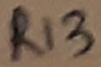
Text: R13